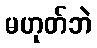
မဟုတ်ဘဲ